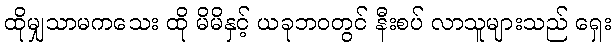
ထိုမျှသာမကသေး ထို မိမိနှင့် ယခုဘဝတွင် နီးစပ် လာသူများသည် ရှေး